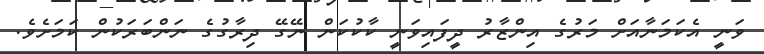
ވަނީ އެކަމަނާއަށް މަރުގެ އިންޒާރު ދީފައިވަނީ ކާކުކަން ނޭގޭ ދިރާގުގެ ނަންބަރަކުން ކަމަށެވެ.